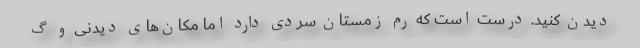
دیدن کنید. درست است که رم زمستان سردی دارد اما مکان‌های دیدنی و گ